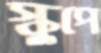
স্কুপে